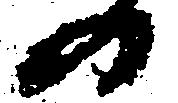
の